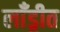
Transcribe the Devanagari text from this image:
लाँड्रीत